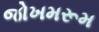
જોખમરૂમ